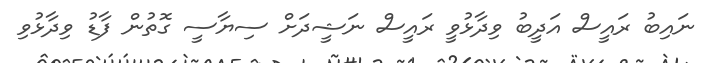
ނައިބު ރައީސް އަދީބު ވިދާޅުވީ ރައީސް ނަޝީދަށް ސިޔާސީ ގޮތުން ފާޑު ވިދާޅުވި